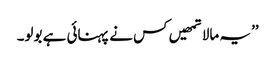
’’ یہ مالا تمھیں کس نے پہنائی ہے بولو۔